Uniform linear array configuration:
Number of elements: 4
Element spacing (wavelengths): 0.25
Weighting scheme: kaiser
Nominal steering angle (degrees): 0
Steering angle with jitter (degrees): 1.683
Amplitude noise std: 0.05
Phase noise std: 0.05

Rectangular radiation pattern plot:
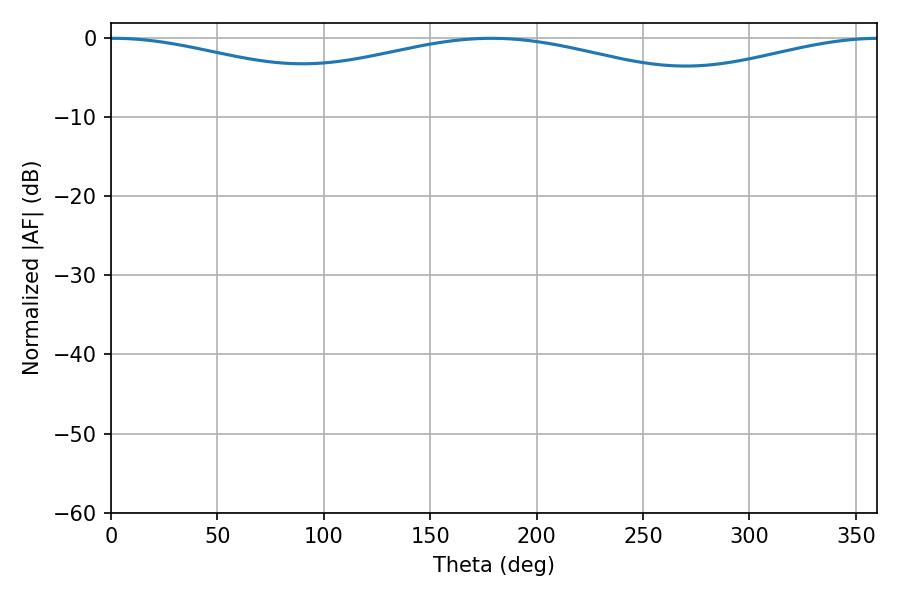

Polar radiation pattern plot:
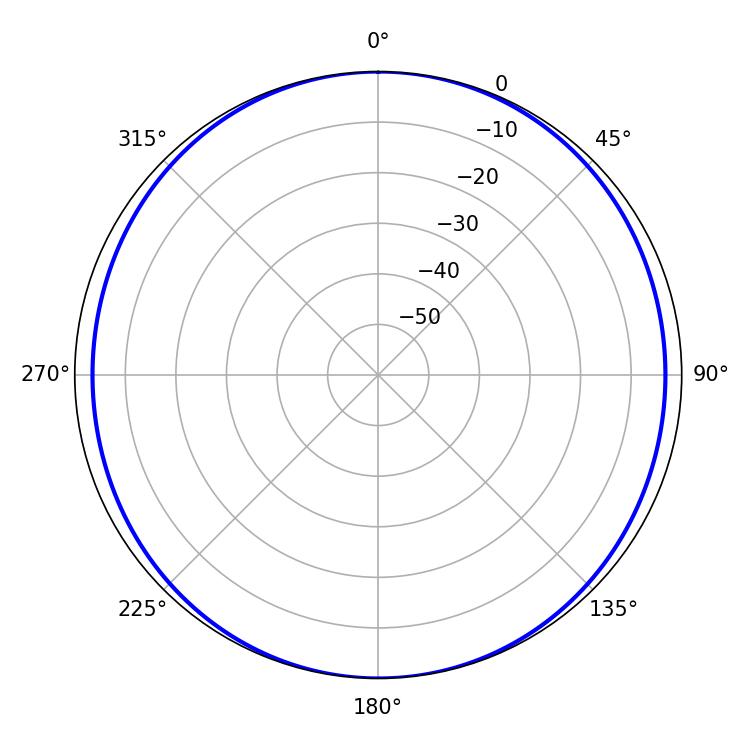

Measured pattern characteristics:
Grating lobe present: FALSE
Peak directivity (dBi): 15.47
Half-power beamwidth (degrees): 75.78
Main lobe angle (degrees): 1.08